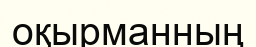
оқырманның